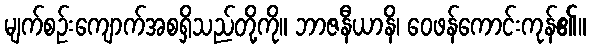
မျက်စဉ်းကျောက်အစရှိသည်တို့ကို။ ဘာဇနီယာနိ၊ ဝေဖန်ကောင်းကုန်၏။